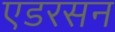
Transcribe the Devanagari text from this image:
एडरसन